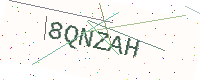
Text: 8QNZAH